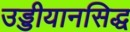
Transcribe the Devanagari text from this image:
उड्डीयानसिद्ध